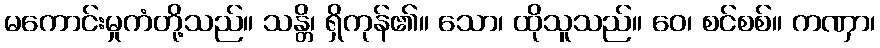
မကောင်းမှုကံတို့သည်။ သန္တိ၊ ရှိကုန်၏။ သော၊ ထိုသူသည်။ ဝေ၊ စင်စစ်။ ကဏှာ၊